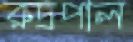
রুদ্রপাল